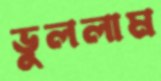
ভুললাম